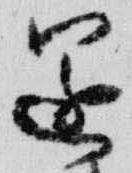
還